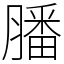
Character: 膰